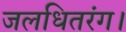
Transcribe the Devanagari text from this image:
जलधितरंग।